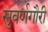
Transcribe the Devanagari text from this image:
सुवर्णगौरी